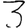
Digit: 3